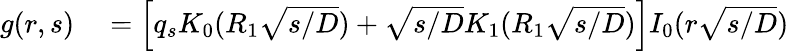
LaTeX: \begin{array}{rl}{g(r,s)}&{{}=\left[q_{s}K_{0}(R_{1}\sqrt{s/D})+\sqrt{s/D}K_{1}(R_{1}\sqrt{s/D})\right]I_{0}(r\sqrt{s/D})}\end{array}